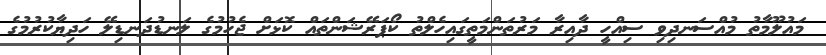
މައުލޫމާތު މުއްސަނދިވި ސިއްހީ ދާއިރާ މަރުތަންމަތީގައިހެލްތު ކޯޕަރޭޝަންތައް ކޮޅަށް ޖެހުމުގެ ލަނޑުދަނޑިލޭ ހަދިޔާކުރުމުގެ